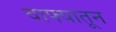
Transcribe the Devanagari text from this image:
वाफ्यातून